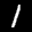
Label: 1